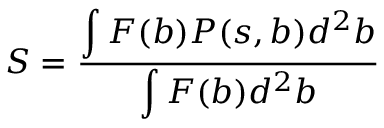
S = \frac { \displaystyle \int F ( b ) P ( s , b ) d ^ { 2 } b } { \displaystyle \int F ( b ) d ^ { 2 } b }